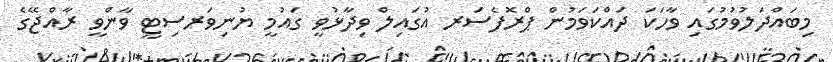
މިބައްދަލުވުމުގައި ވާހަކަ ދައްކަވަމުން ޕްރޮފެސަރ އުގައިލް ވިދާޅުވީ ގައުމީ ޔުނިވަރސިޓީ ވާންވީ ރާއްޖޭގެ